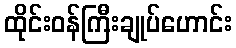
ထိုင်းဝန်ကြီးချုပ်ဟောင်း